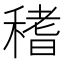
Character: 䅲